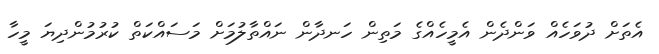
އެތަށް ދުވަހެއް ވަންދެން އެމީހެއްގެ މަތިން ހަނދާން ނައްތާލުމަށް މަސައްކަތް ކުރުމުންދިޔަ މީހާ